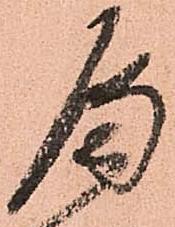
へ